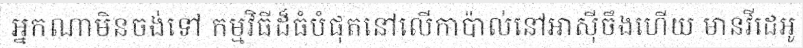
អ្នកណាមិនចង់ទៅ កម្មវិធីដ៏ធំបំផុតនៅលើកាប៉ាល់នៅអាស៊ីចឹងហើយ មានវីដេអូ